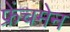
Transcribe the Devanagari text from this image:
फ्रेंचमेन